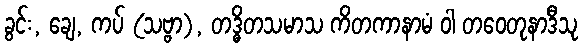
ခွင်း, ချေ, ကပ် (သဗ္ဗာ), တဒ္ဓိတသမာသ ကိတကာနာမံ ဝါ တဝေတုနာဒီသု